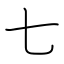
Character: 七